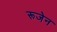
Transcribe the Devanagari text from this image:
रूजेन